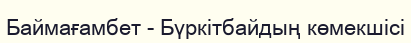
Баймағамбет - Бүркітбайдың көмекшісі